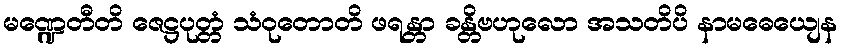
မဏ္ဍေတီတိ ဇေဋ္ဌပုတ္တံ သံဝုတောတိ ဖရန္တာ ခန္တိဗဟုလော အသတိပိ နာမဓေယျေန